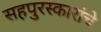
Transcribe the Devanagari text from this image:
सहपुरस्कारांचे